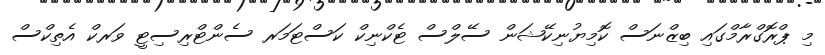
މި ޕްރޮގްރާމްގައި ބިޒްނަސް ކޮމިޔުނިކޭޝަން ސޭލްސް ޓެކްނިކް ކަސްޓަމަރ ސެންޓްރިސިޓީ ވަރކް އެތިކްސް